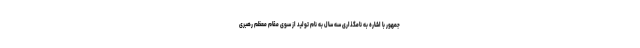
جمهور با اشاره به نامگذاری سه سال به نام تولید از سوی مقام معظم رهبری